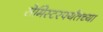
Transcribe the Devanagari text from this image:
सेमिस्टरपर्यंतच्या